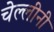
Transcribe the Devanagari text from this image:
चेल्लीनी